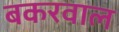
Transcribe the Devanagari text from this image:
बकरवाल